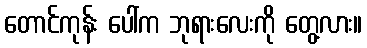
တောင်ကုန်း ပေါ်က ဘုရားလေးကို တွေ့လား။